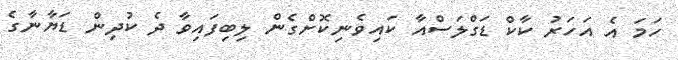
ހަމަ އެ އަހަރު ކާކް ޑަގްލަސްއާ ކައިވެނިކޮށްގެން ލިބިފައިވާ ދެ ކުދިން ޑަޔާނާގެ